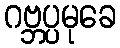
ဂဗ္ဘပ္ပမုခေ